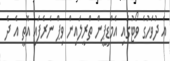
އެ ދުވަހުގެ ވޯޓުގައި އެމްޑީޕީން ތްރީލައިން ވިޕް ނެރެފައި އޮތީ އެ ދެ